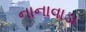
નાનાવાડા